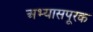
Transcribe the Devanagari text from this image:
अभ्यासपूरक